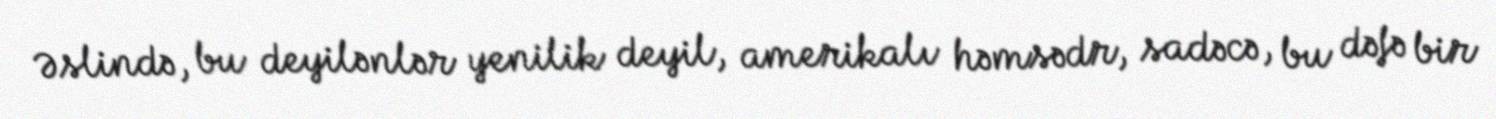
Əslində, bu deyilənlər yenilik deyil, amerikalı həmsədr, sadəcə, bu dəfə bir